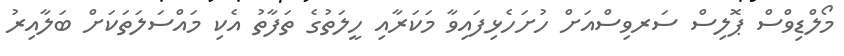
މޯލްޑިވްސް ޕޮލިސް ސަރވިސްއަށް ހުށަހެޅިފައިވާ މަކަރާއި ހީލަތުގެ ތަފާތު އެކި މައްސަލަތަކަށް ބަލާއިރު